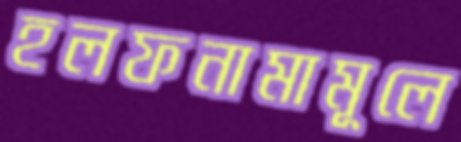
হলফনামামূলে